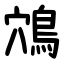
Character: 鴪